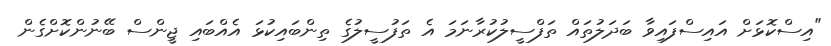
"އިސްކޮޅަށް އައިސްފައިވާ ބަދަލުތައް ތަފްސީލުކުރާނަމަ އެ ތަފުސީލުގެ ތިންބައިކުޅަ އެއްބައި ޖީންސް ބޭނުންކޮށްގެން